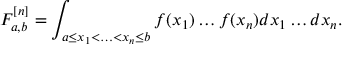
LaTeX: F _ { a , b } ^ { [ n ] } = \int _ { a \leq x _ { 1 } < \ldots < x _ { n } \leq b } f ( x _ { 1 } ) \ldots f ( x _ { n } ) d x _ { 1 } \ldots d x _ { n } .